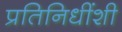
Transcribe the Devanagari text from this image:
प्रतिनिधींशी